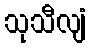
သုသီလျံ